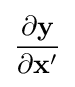
{\frac {\partial \mathbf {y} }{\partial \mathbf {x} '}}